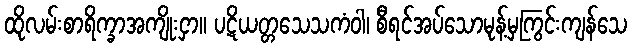
ထိုလမ်းစာရိက္ခာအကျိုးငှာ။ ပဋိယတ္တသေသကံဝါ၊ စီရင်အပ်သောမုန့်မှကြွင်းကျန်သေ